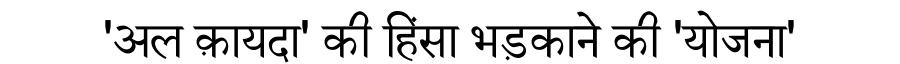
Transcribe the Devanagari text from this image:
'अल क़ायदा' की हिंसा भड़काने की 'योजना'